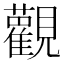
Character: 𫟜